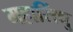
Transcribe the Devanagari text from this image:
महासिंधु